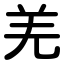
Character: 羌